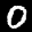
Label: 0